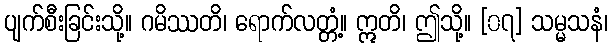
ပျက်စီးခြင်းသို့။ ဂမိဿတိ၊ ရောက်လတ္တံ့။ ဣတိ၊ ဤသို့။ [၀၇] သမ္မသနံ၊